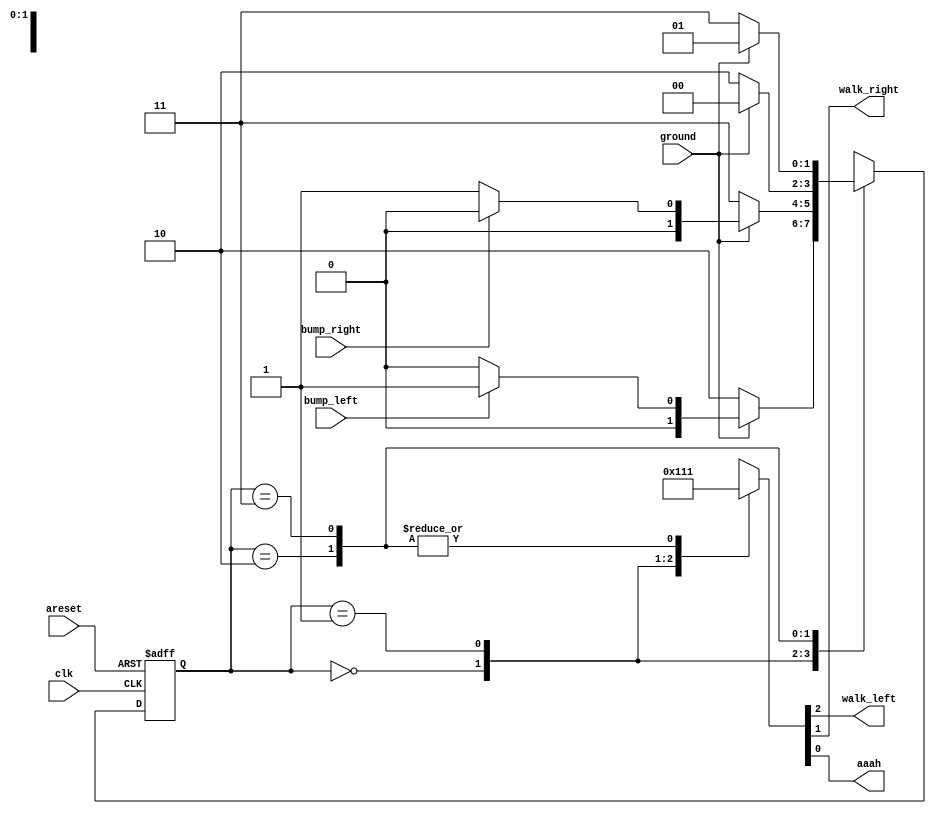
module top_module(
    input clk,
    input areset,    // Freshly brainwashed Lemmings walk left.
    input bump_left,
    input bump_right,
    input ground,
    output walk_left,
    output walk_right,
    output aaah ); 
	
    parameter L=0, R=1, LA=2, RA=3;
    reg [1:0] state, next;
    
    always @(*) begin
        case(state)
            L: next = ~ground ? LA : (bump_left ? R:L);
            R: next = ~ground ? RA : (bump_right ? L:R);
            LA: next = ~ground ? LA : L;
            RA: next = ~ground ? RA : R;
        endcase
    end
    
    always @(posedge clk or posedge areset) begin 
        if(areset) state <= L;
        else state <= next;
    end
    
    always @(*) begin
        case(state)
            L: {walk_left, walk_right, aaah} = 3'b100;
            R: {walk_left, walk_right, aaah} = 3'b010;
            LA: {walk_left, walk_right, aaah} = 3'b001;
            RA: {walk_left, walk_right, aaah} = 3'b001;
        endcase
    end
    
endmodule
module top_module(
    input clk,
    input areset,    // Freshly brainwashed Lemmings walk left.
    input bump_left,
    input bump_right,
    input ground,
    output walk_left,
    output walk_right,
    output aaah ); 

    parameter LEFT = 0, RIGHT = 1, LEFT_aah = 2, RIGHT_aah = 3;
    reg [2:0] state, next_state;

    always @(posedge clk or posedge areset) begin
        if (areset) begin
            state <= LEFT;
        end
        else begin
            state <= next_state;
        end
    end

    always @(*) begin
        case (state)
            LEFT: begin
                if (ground) begin
                    next_state <= bump_left ? RIGHT : LEFT;
                end
                else begin
                    next_state <= LEFT_aah;
                end
            end
            RIGHT: begin
                if (ground) begin
                    next_state <= bump_right ? LEFT : RIGHT;
                end
                else begin
                    next_state <= RIGHT_aah;
                end
            end
            LEFT_aah: begin
                if (ground) begin
                    next_state <= LEFT;
                end
                else begin
                    next_state <= LEFT_aah;
                end
            end
            RIGHT_aah: begin
                if (ground) begin
                    next_state <= RIGHT;
                end
                else begin
                    next_state <= RIGHT_aah;
                end
            end
        endcase
    end

    assign walk_left = (state == LEFT);
    assign walk_right = (state == RIGHT);
    assign aaah = ((state == LEFT_aah) || (state == RIGHT_aah));

endmodule